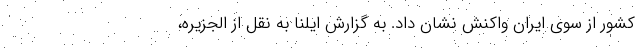
کشور از سوی ایران واکنش نشان داد. به گزارش ایلنا به نقل از الجزیره،